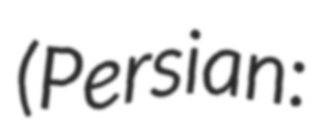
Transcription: (Persian: